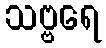
သဗ္ဗရေ